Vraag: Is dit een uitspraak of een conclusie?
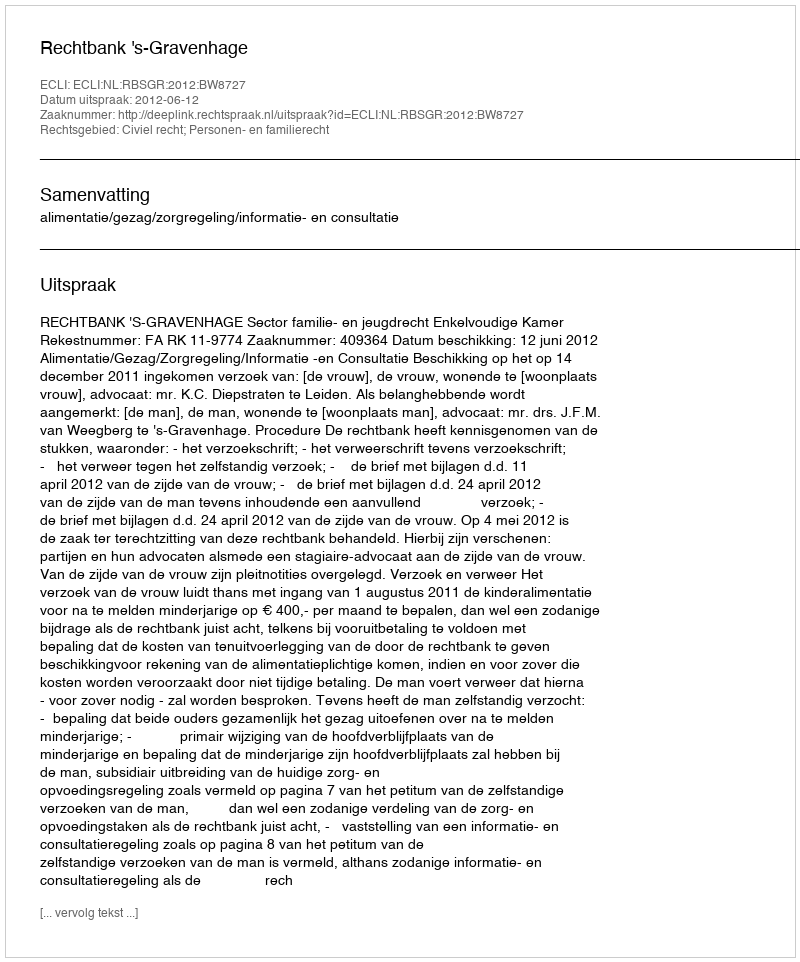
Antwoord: Uitspraak